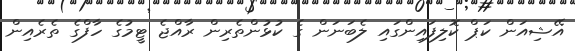
އޭޝިއަން ކަޕް ކޮލިފައިންގައި ލެބަނަން ގެ ކުޅުންތެރިން ރާއްޖެ ޓީމުގެ ހާފްގެ ތެރެއިން